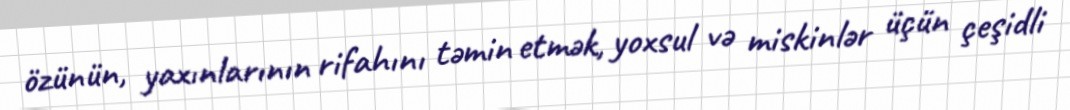
özünün, yaxınlarının rifahını təmin etmək, yoxsul və miskinlər üçün çeşidli